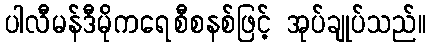
ပါလီမန်ဒီမိုကရေစီစနစ်ဖြင့် အုပ်ချုပ်သည်။